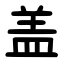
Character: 盖